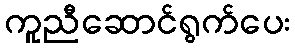
ကူညီဆောင်ရွက်ပေး